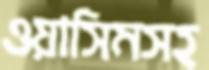
ওয়াসিমসহ